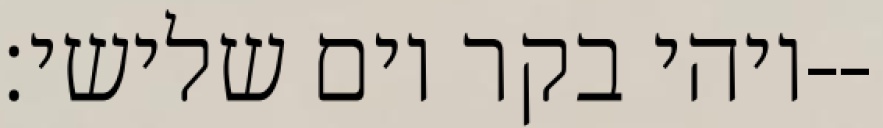
ויהי בקר יום שלישי׃--